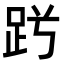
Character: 𧿪